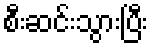
စီးဆင်းသွားပြီး